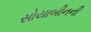
સોયાબીનની